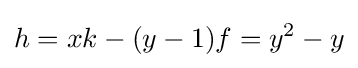
h=xk-(y-1)f=y^{2}-y